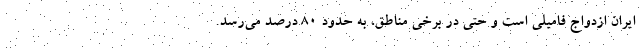
ایران ازدواج فامیلی است و حتی در برخی مناطق، به حدود ۸۰ درصد می‌رسد.